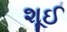
શૂઈ